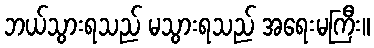
ဘယ်သွားရသည် မသွားရသည် အရေးမကြီး။